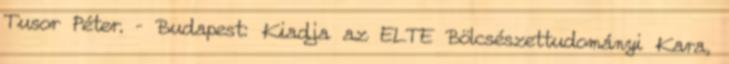
Tusor Péter. – Budapest: Kiadja az ELTE Bölcsészettudományi Kara,